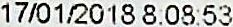
17/01/2018 8:08:53